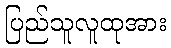
ပြည်သူလူထုအား